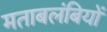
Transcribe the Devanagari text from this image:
मताबलंबियों